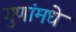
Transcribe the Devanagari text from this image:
गुणांमधे